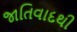
જાતિવાદથી